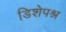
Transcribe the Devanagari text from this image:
डिशेपश्न